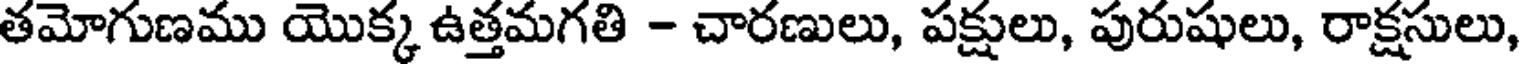
తమోగుణము యొక్క ఉత్తమగతి - చారణులు, పక్షులు, పురుషులు, రాక్షసులు,